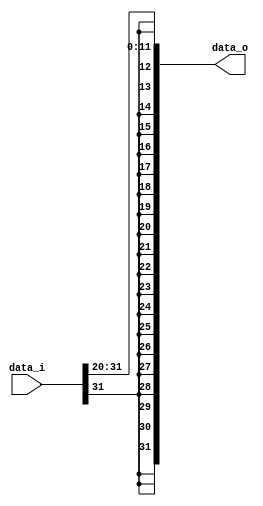
module Sign_Extend(data_i, data_o);
input [31:0] data_i;
output [31:0] data_o;
wire  [31:0] tmp;
assign data_o = {{20{data_i[31]}},{data_i[31:20]}};
endmodule